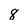
Character: 8